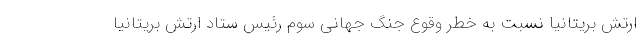
ارتش بریتانیا نسبت به خطر وقوع جنگ جهانی سوم رئیس ستاد ارتش بریتانیا